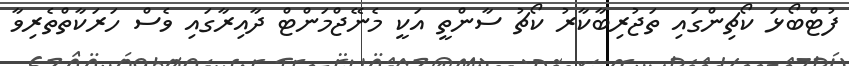
ފުޓްބޯޅަ ކޯޗިންގައި ތަޖުރިބާކާރު ކޯޗު ސާންތީ އަކީ މެނޭޖްމަންޓް ދާއިރާގައި ވެސް ހަރަކާތްތެރިވާ